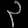
Digit: ၃